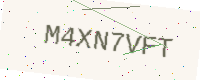
Text: M4XN7VFT